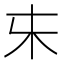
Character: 𰗐